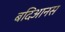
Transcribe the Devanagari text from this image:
बदिआनस